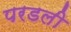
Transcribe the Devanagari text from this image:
परडली